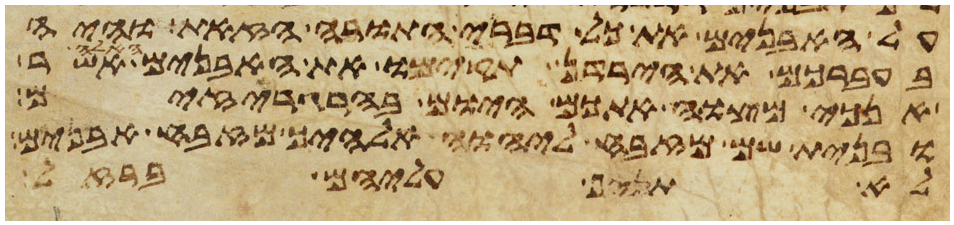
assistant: על האבנים את כל דברי התורה הזאת והיה
בעברכם את הירדן תקימו את האבנים
אנכי מצוה אתכם היום בהרגריזים
ובנית שם מזבח ליהוה אלהיך מזבח אבנים
לא תניף עליהם ברזל